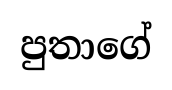
පුතාගේ